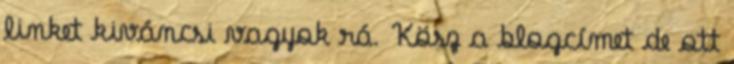
linket kiváncsi vagyok rá. Kösz a blogcímet de ott